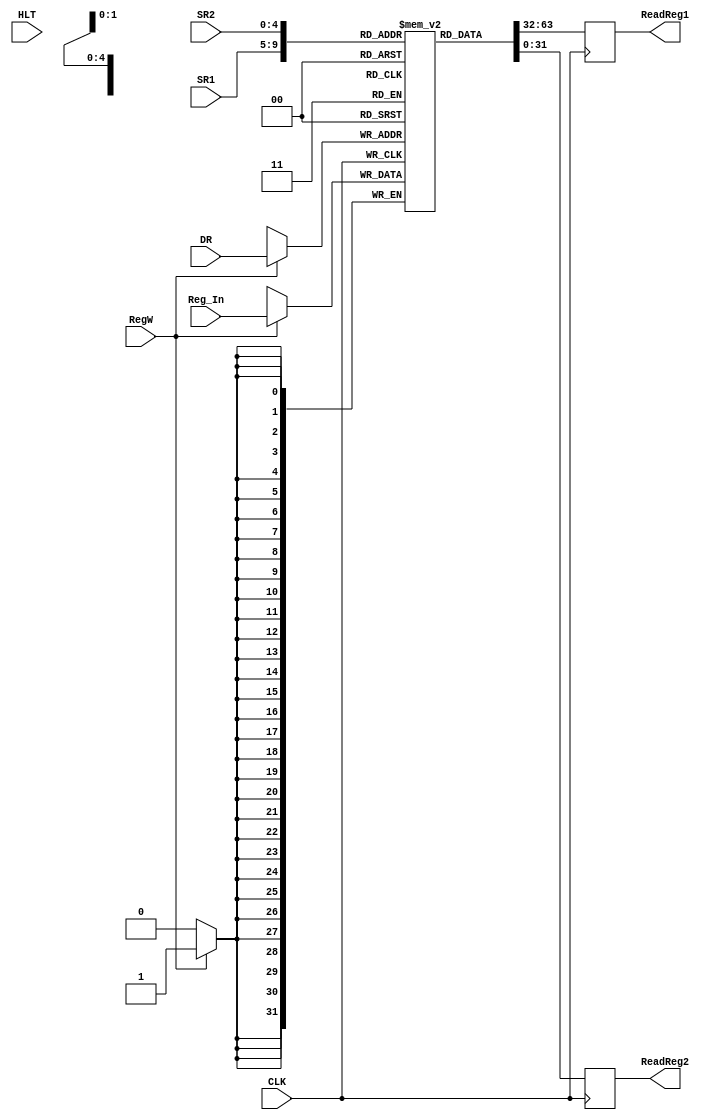
module REG(CLK, HLT, RegW, DR, SR1, SR2, Reg_In, ReadReg1, ReadReg2);
  input CLK,HLT;
  input RegW;
  input [4:0] DR; //Destination Register
  input [4:0] SR1; //Source Register1
  input [4:0] SR2; //Source Register2
  input [31:0] Reg_In; //Instruction
  output reg [31:0] ReadReg1; //Data from SR1
  output reg [31:0] ReadReg2; //Data from SR2

  reg [31:0] REG [0:31];
  integer i;

  initial begin
    ReadReg1 = 0;
    ReadReg2 = 0;
    for(i=0;i<32;i=i+1) begin
 	REG[i]=0;
    end
  end

  always @(posedge CLK)
  begin

    if(RegW == 1'b1)
      REG[DR] <= Reg_In[31:0];
    if(HLT)
	ReadReg1<=REG[5'd1];
    ReadReg1 <= REG[SR1];
    ReadReg2 <= REG[SR2];
  end
endmodule